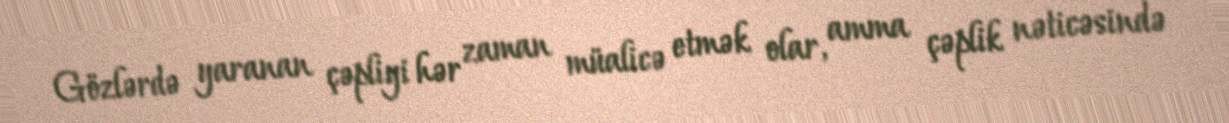
Gözlərdə yaranan çəpliyi hər zaman müalicə etmək olar, amma çəplik nəticəsində